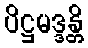
ပိဋ္ဌမဒ္ဒန္တိ